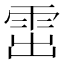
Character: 𩂗